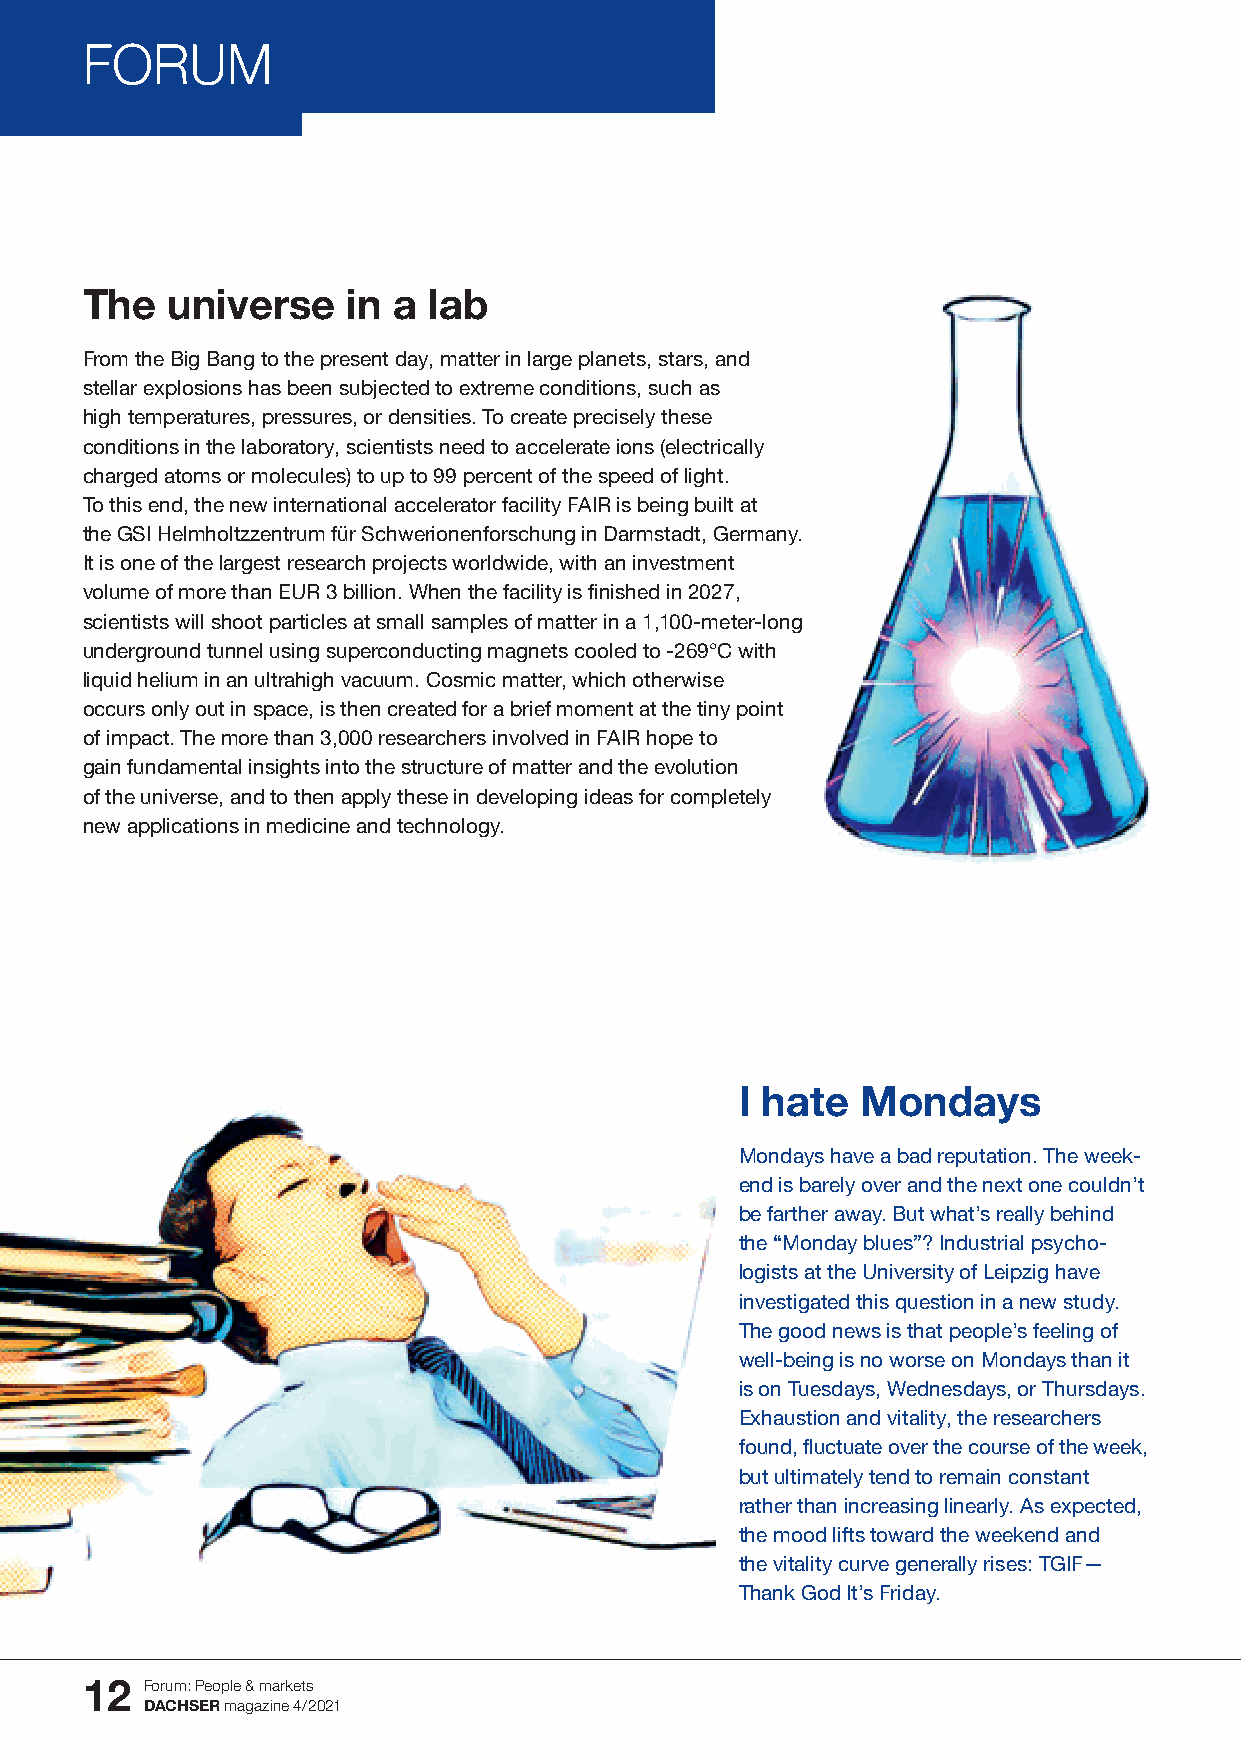
FORUM
 The   universe    in a lab
 From the Big Bang to the present day, matter in large planets, stars, and
 stellar explosions has been subjected to extreme conditions, such as
 high temperatures, pressures, or densities. To create precisely these
 conditions in the laboratory, scientists need to accelerate ions (electrically
 charged atoms or molecules) to up to 99 percent of the speed of light.
 To this end, the new international accelerator facility FAIR is being built at
 the GSI Helmholtzzentrum für Schwerionenforschung in Darmstadt, Germany.
 It is one of the largest research projects worldwide, with an investment
 volume of more than EUR 3 billion. When the facility is finished in 2027,
 scientists will shoot particles at small samples of matter in a 1,100-meter-long
 underground tunnel using superconducting magnets cooled to -269°C with
 liquid helium in an ultrahigh vacuum. Cosmic matter, which otherwise
 occurs only out in space, is then created for a brief moment at the tiny point
 of impact. The more than 3,000 researchers involved in FAIR hope to
 gain fundamental insights into the structure of matter and the evolution
 of the universe, and to then apply these in developing ideas for completely
 new applications in medicine and technology.
 I hate  Mondays
 Mondays have a bad reputation. The week-
 end is barely over and the next one couldn’t
 be farther away. But what’s really behind
 the “Monday blues”? Industrial psycho-
 logists at the University of Leipzig have
 investigated this question in a new study.
 The good news is that people’s feeling of
 well-being is no worse on Mondays than it
 is on Tuesdays, Wednesdays, or Thursdays.
 Exhaustion and vitality, the researchers
 found, fluctuate over the course of the week,
 but ultimately tend to remain constant
 rather than increasing linearly. As expected,
 the mood lifts toward the weekend and
 the vitality curve generally rises: TGIF—
 Thank God It’s Friday.
 12   Fo rum: People & markets
 DACHSER magazine 4/2021